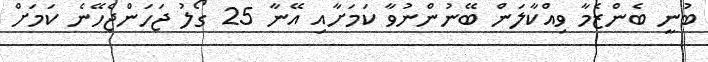
ބުނީ ބެންޒެމާ ވިއްކާލަން ބޭނުންނުވާ ކަމަށާއި އޭނާ 25 ގޯލު ޖަހަންޖެހޭނެ ކަމަށް